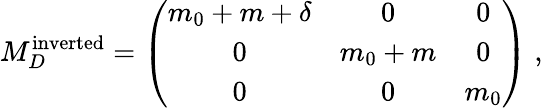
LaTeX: M_{D}^{\mathrm{inverted}}=\left(\begin{array}{ccc}{{m_{0}+m+\delta}}&{{0}}&{{0}}\\ {{0}}&{{m_{0}+m}}&{{0}}\\ {{0}}&{{0}}&{{m_{0}}}\end{array}\right)\; ,